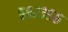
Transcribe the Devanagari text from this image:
५६२३५६